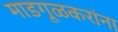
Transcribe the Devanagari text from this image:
माडगूळकरांना